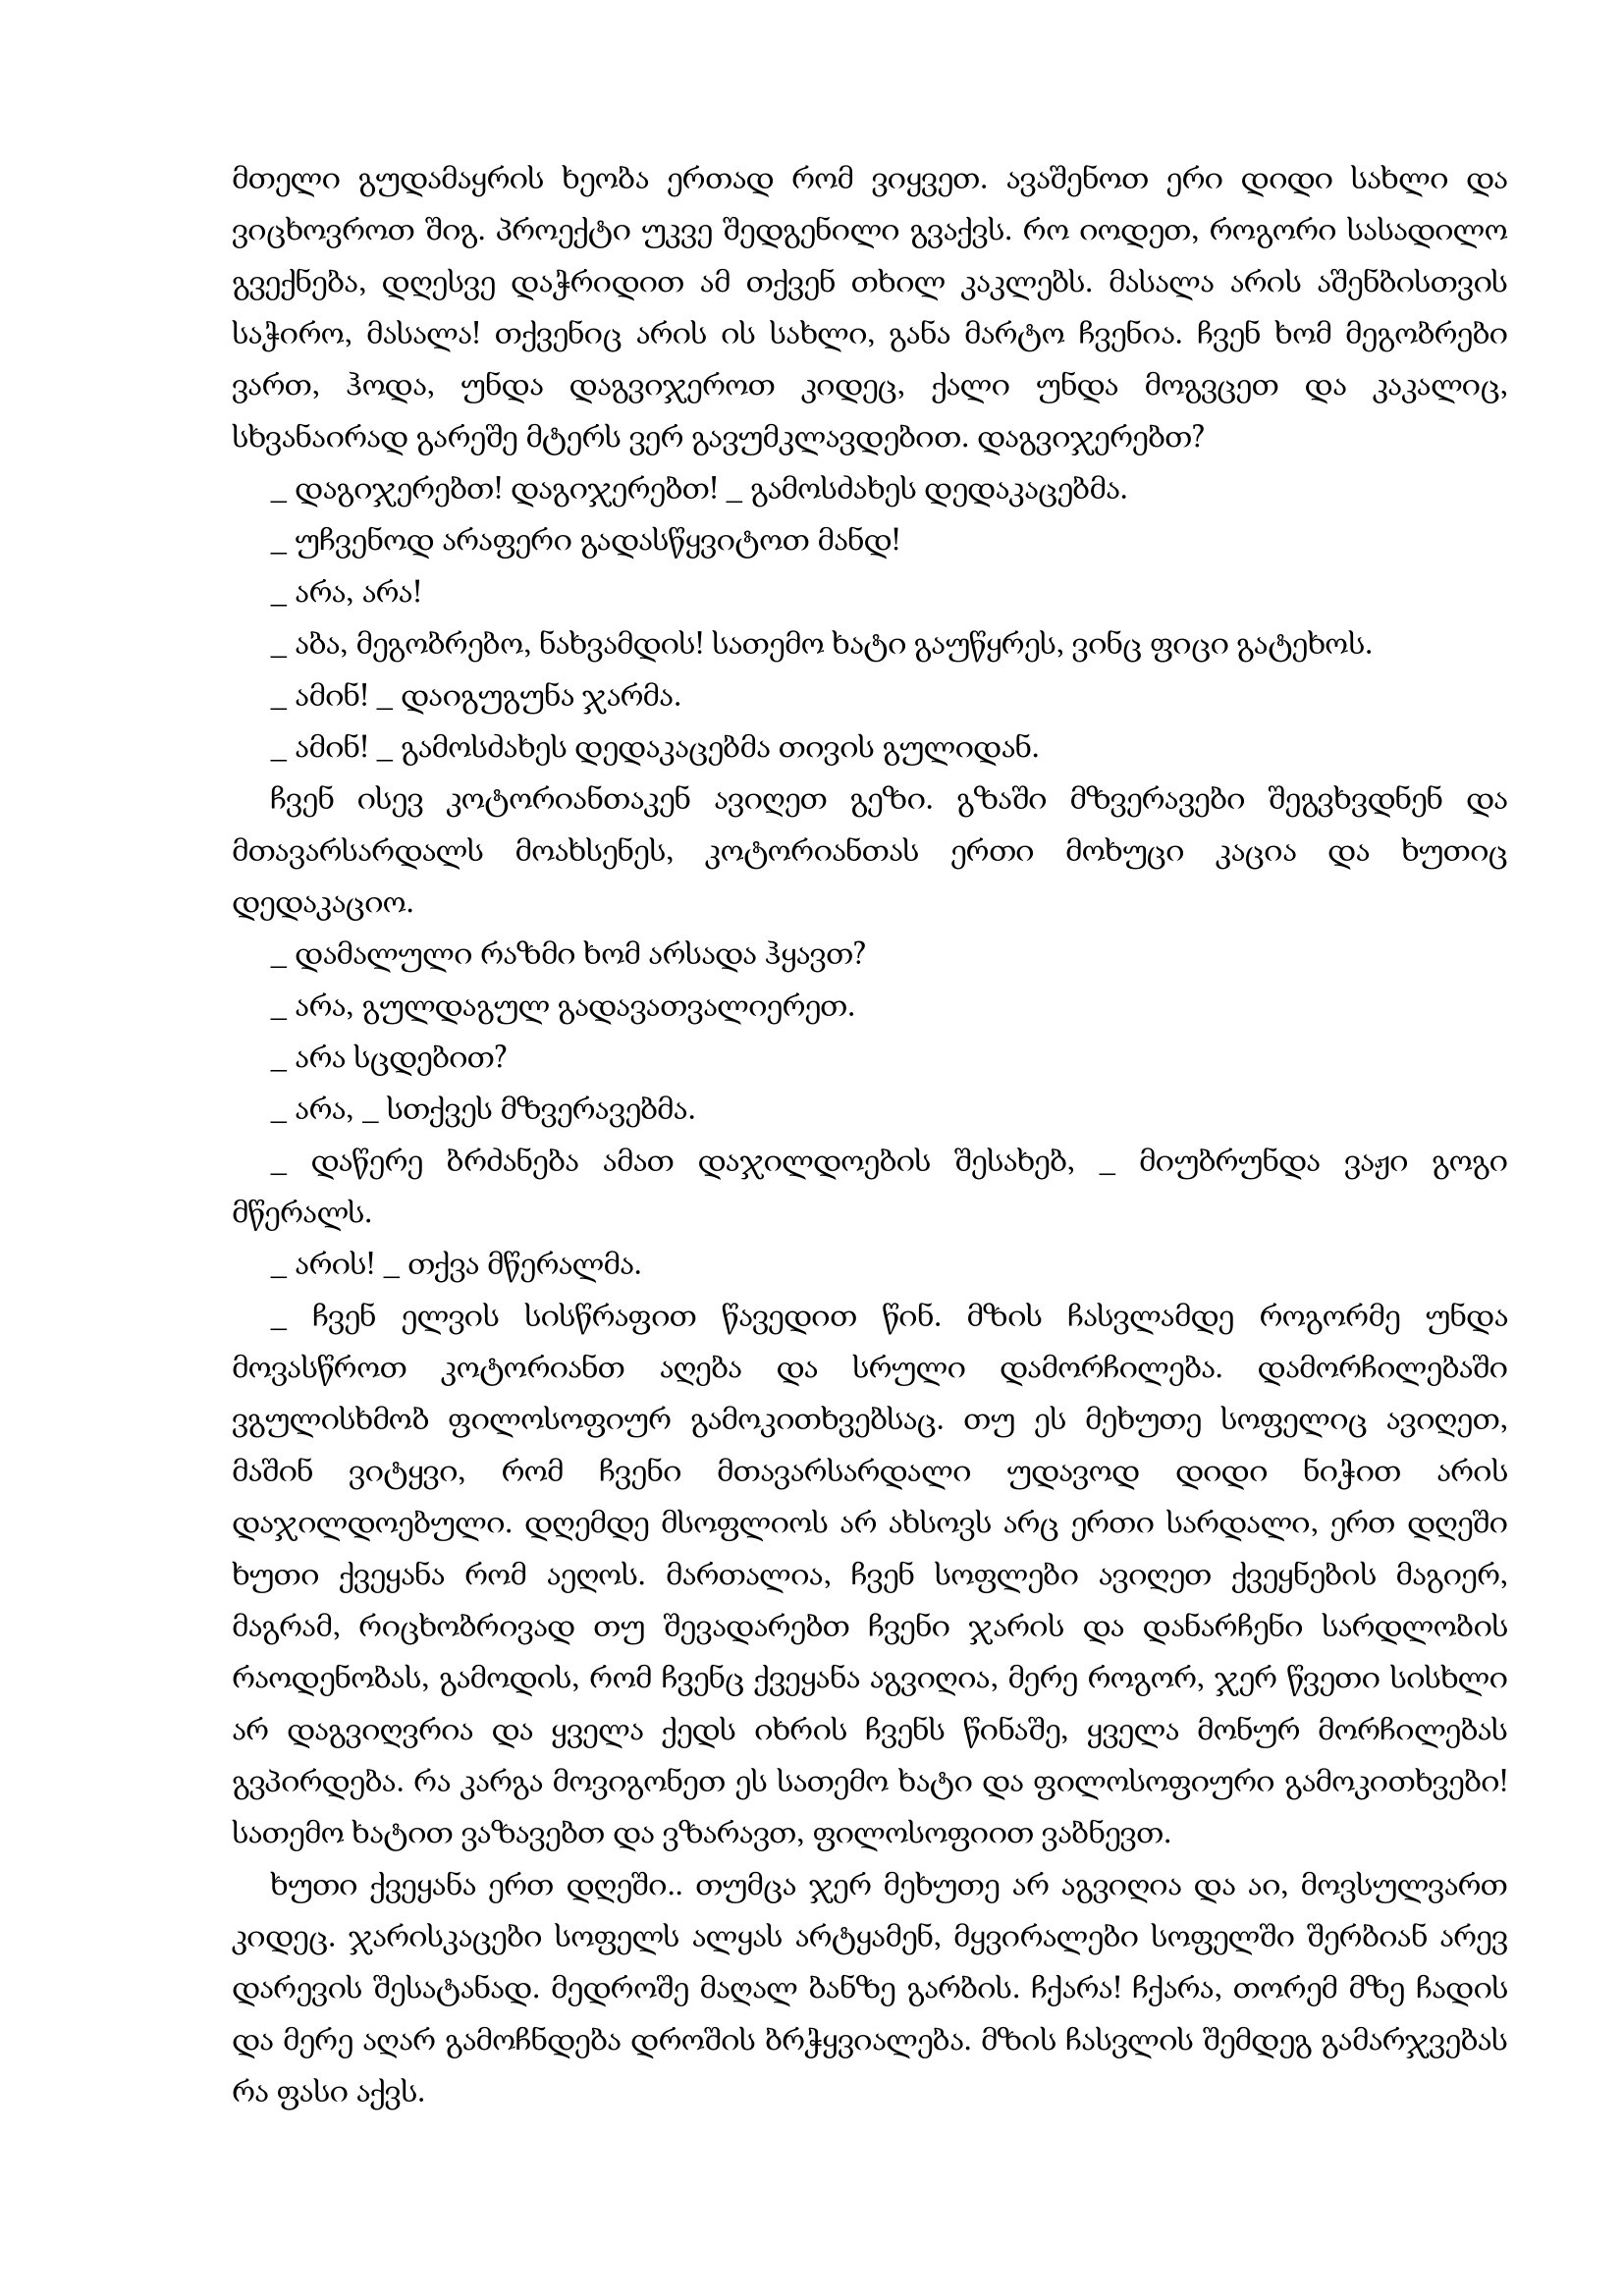
Language: gr